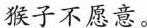
猴子不愿意。